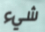
شيء